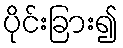
ပိုင်းခြား၍